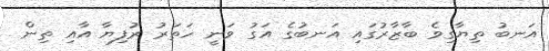
އަނބު ތިޔާގިވެ ބާޒާރުގައި އަނބުގެ އަގު ވަނީ ހަތަރު ރުފިޔާ އާއި ތިން